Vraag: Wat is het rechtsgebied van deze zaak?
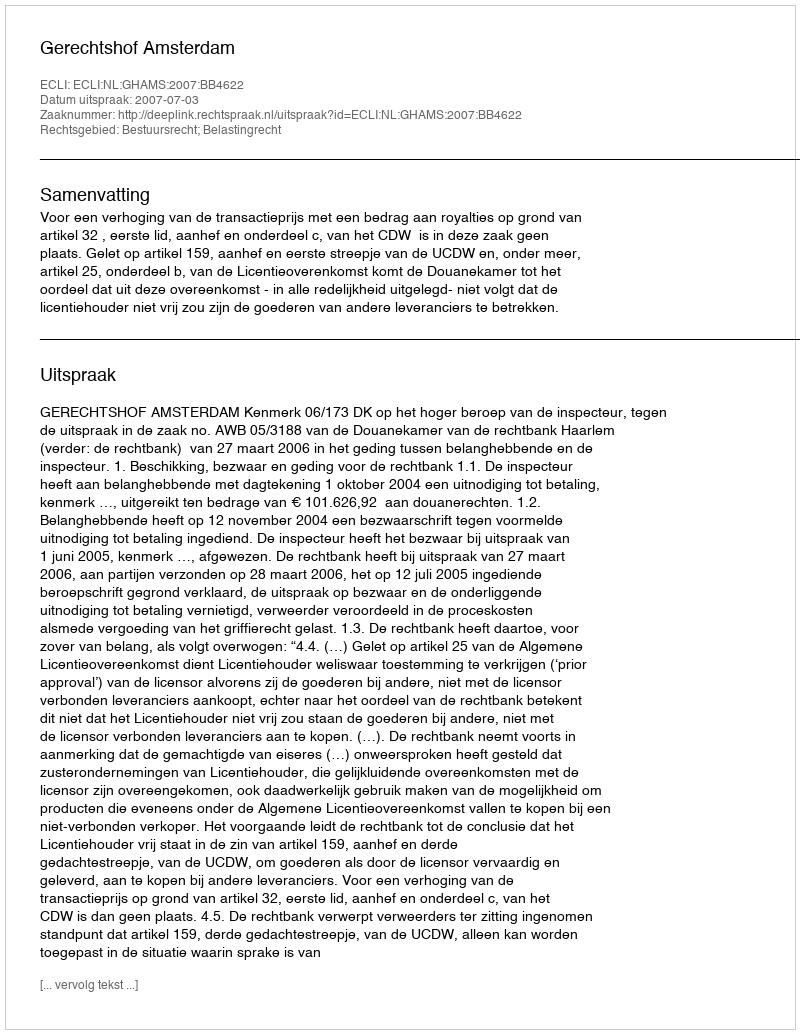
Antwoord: Bestuursrecht; Belastingrecht